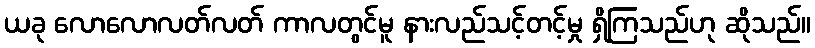
ယခု လောလောလတ်လတ် ကာလတွင်မူ နားလည်သင့်တင့်မှု ရှိကြသည်ဟု ဆိုသည်။